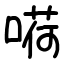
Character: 嗬